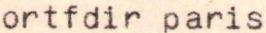
ortfdir paris